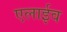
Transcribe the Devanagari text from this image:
एलाईव